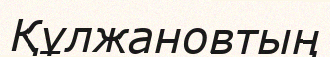
Құлжановтың